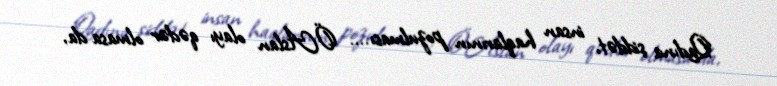
Qadına şiddət, insan haqlarının pozulması.... Ö.Aslan olayı qədər olmasa da,